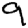
Digit: 9